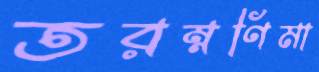
তরম্নণিমা